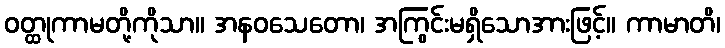
ဝတ္ထုကာမတို့ကိုသာ။ အနဝသေတော၊ အကြွင်းမရှိသောအားဖြင့်။ ကာမာတိ၊